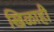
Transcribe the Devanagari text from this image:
खिळाही